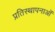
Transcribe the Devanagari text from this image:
प्रतिस्थापनाओं